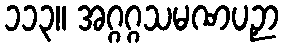
၁၁၃။ အဂ္ဂဂ္ဂသမဏပဉှာ